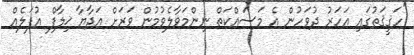
"ހަޤީޤަތުގައި އަހަރު ދުވަހުން އެ މަސައްކަތް ނިންމަވާލެވުމުން ވަރަށް އަދާޔާ ޚިލާފް އުފަލެއް